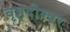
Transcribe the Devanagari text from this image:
वृहदीश्‍वर